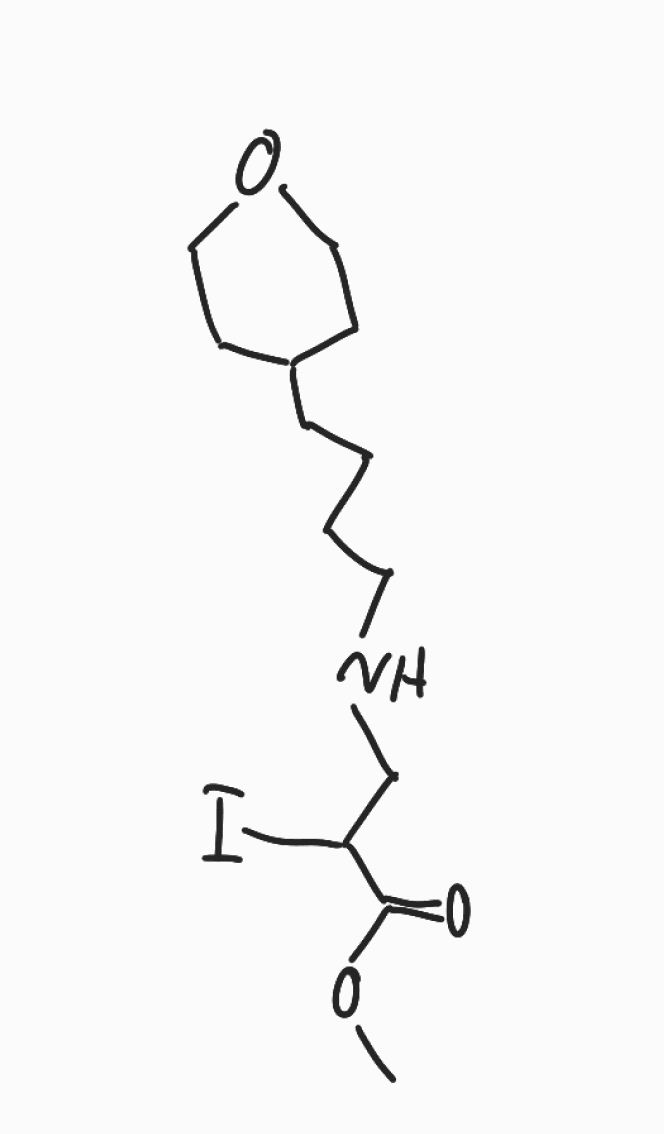
Simplified molecular-input line-entry system (SMILES) notation of the given molecule:
COC(=O)C(CNCCCCC1CCOCC1)I